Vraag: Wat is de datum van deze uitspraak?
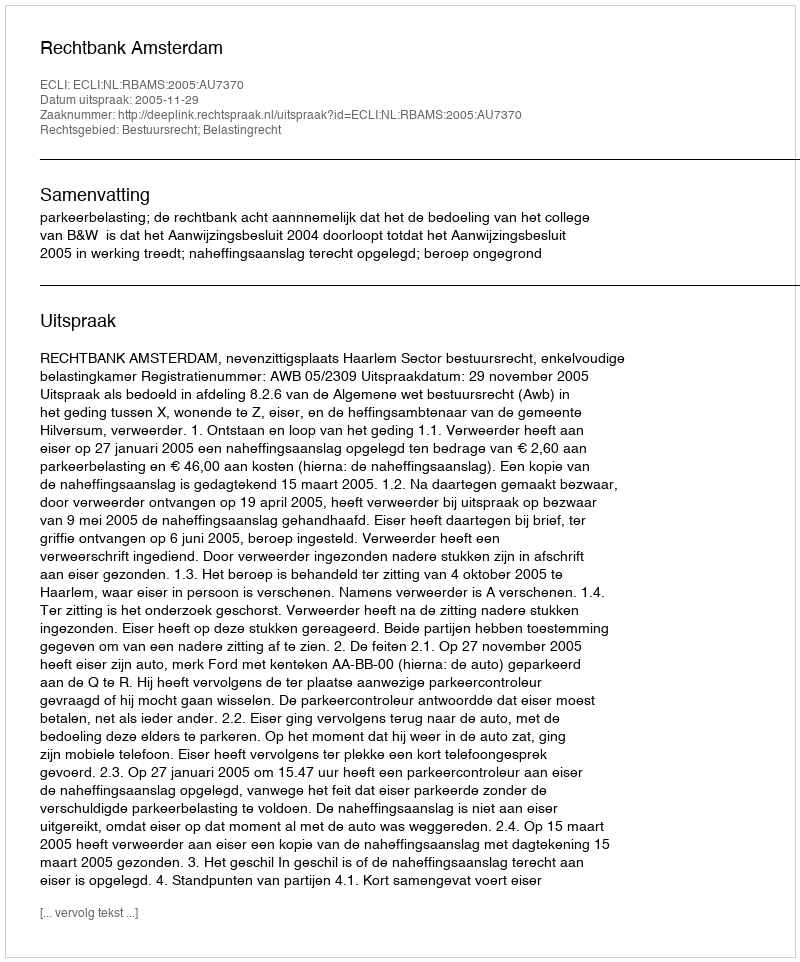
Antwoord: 2005-11-29